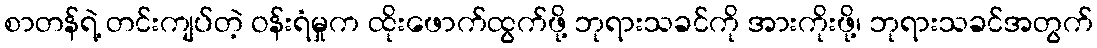
စာတန်ရဲ့ တင်းကျပ်တဲ့ ဝန်းရံမှုက ထိုးဖောက်ထွက်ဖို့ ဘုရားသခင်ကို အားကိုးဖို့၊ ဘုရားသခင်အတွက်